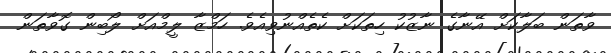
ވާތަން ބަލާކަށް އޭނާގެ ނާޒުކު ހިތަކަށް ކެތެއްނުވިއެވެ. ހަމްޒާ ލީމްއަށް ލޯބިން ގޮވާތަން